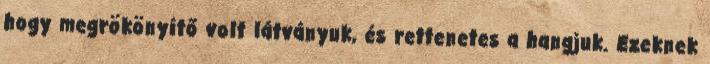
hogy megrökönyítő volt látványuk, és rettenetes a hangjuk. Ezeknek